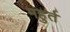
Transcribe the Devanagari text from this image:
महुर्त